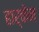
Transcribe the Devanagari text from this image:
हार्केन